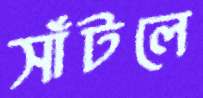
সাঁটলে